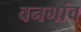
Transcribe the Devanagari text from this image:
वनगांव